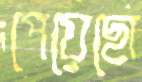
পেয়েছো